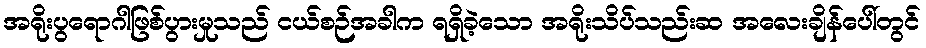
အရိုးပွရောဂါဖြစ်ပွားမှုသည် ငယ်စဉ်အခါက ရရှိခဲ့သော အရိုးသိပ်သည်းဆ အလေးချိန်ပေါ်တွင်